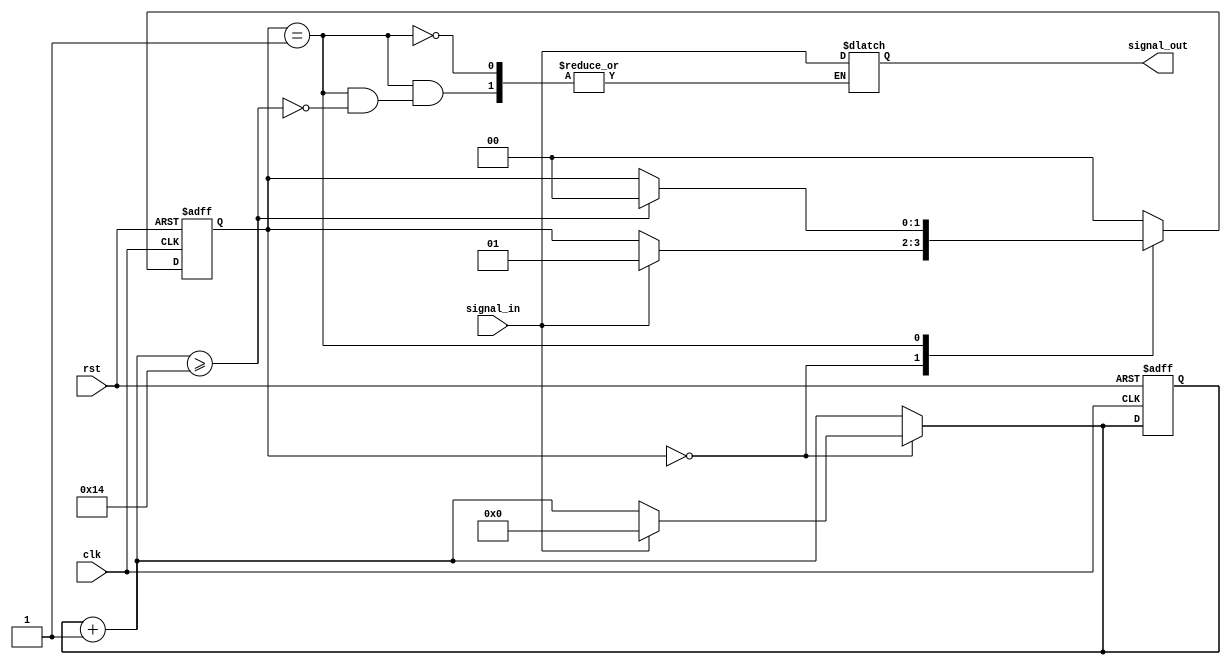
module debounce (
    input wire clk,
    input wire rst,
    input wire signal_in,
    output reg signal_out
);

// Parameters for debounce circuit
parameter DELAY_COUNT = 20; // Delay count for debouncing

// State machine states
parameter [1:0] IDLE = 2'b00;
parameter [1:0] DEBOUNCE = 2'b01;

// Registers and counters for debounce circuit
reg [1:0] state_reg, state_next;
reg [3:0] counter;

// State machine logic
always @(posedge clk or posedge rst) begin
    if (rst) begin
        state_reg <= IDLE;
        counter <= 0;
    end else begin
        state_reg <= state_next;
    end
end

// Next state logic and debounce counter
always @* begin
    state_next = state_reg;
    counter = counter + 1;
    
    case (state_reg)
        IDLE: begin
            if (signal_in == 1'b1) begin
                state_next = DEBOUNCE;
                counter = 0;
            end
        end
        DEBOUNCE: begin
            if (counter >= DELAY_COUNT) begin
                signal_out = signal_in;
                state_next = IDLE;
            end
        end
        default: state_next = IDLE;
    endcase
end

endmodule